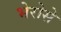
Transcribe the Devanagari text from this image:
भेरोसे